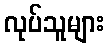
လုပ်သူများ